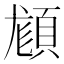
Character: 𩒿